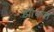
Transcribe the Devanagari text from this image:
झोंकत